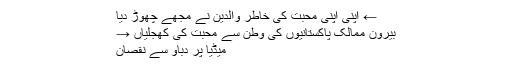
← اپنی اپنی محبت کی خاطر والدین نے مجھے چھوڑ دیا
بیرون ممالک پاکستانیوں کی وطن سے محبت کی کھجلیاں →
میڈیا پر دباؤ سے نقصان